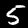
Label: 5